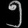
Digit: ၅